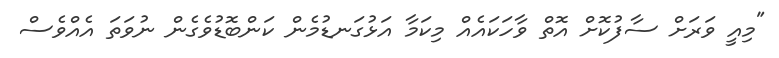
"މިއީ ވަރަށް ސާފުކޮށް އޮތް ވާހަކައެއް މިކަމާ އަޅުގަނޑުމެން ކަންބޮޑުވެގެން ނުވަތަ އެއްވެސް